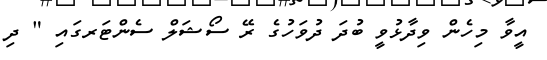
އީވާ މިހެން ވިދާޅުވީ ބުދަ ދުވަހުގެ ރޭ ސޯޝަލް ސެންޓަރގައި " ދި